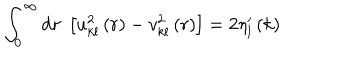
\int _ { 0 } ^ { \infty } \mathrm { d } r \; \left[ u _ { k l } ^ { 2 } \left( r \right) - v _ { k l } ^ { 2 } \left( r \right) \right] = 2 \eta _ { l } ^ { \prime } \left( k \right)